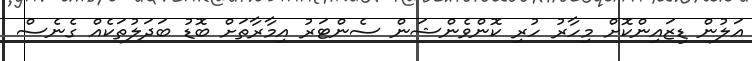
އަލުން ޑިޒައިންކޮށް މިހާރު ހުރި ކޮންވެންޝަން ސެންޓަރު އިމާރާތަށް ބޮޑު ބަދަލުތަކެއް ގެނެސް